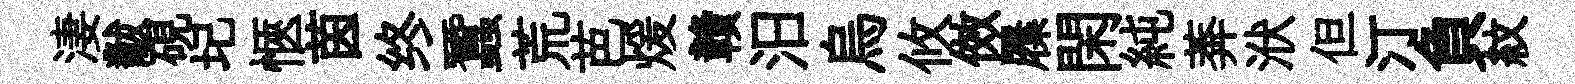
淒黻硯圮愜茵终蠶荒芭煖贛汨烏攸傚屧閑純莾洑但汀負紋